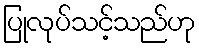
ပြုလုပ်သင့်သည်ဟု